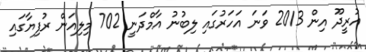
އުރީދޫ އިން 2013 ވަނަ އަހަރުގައި ލިބުނު އާމްދަނީ 702 މިލިއަން ރުފިޔާގައި